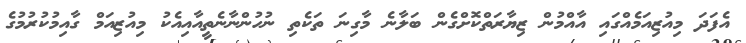
އެފަދަ މިއުޒިއަމެއްގައި އާއްމުން ޒިޔާރަތްކޮށްގެން ބަލާނެ މާގިނަ ތަކެތި ނުހުންނާނެތީއާއިއެކު މިއުޒިއަމް ގާއިމުކުރުމުގެ